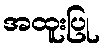
အထူးပြု